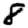
Digit: 8